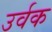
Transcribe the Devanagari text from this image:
उर्वक